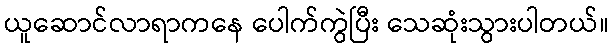
ယူဆောင်လာရာကနေ ပေါက်ကွဲပြီး သေဆုံးသွားပါတယ်။